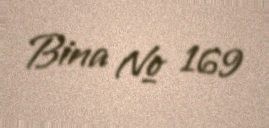
Bina № 169